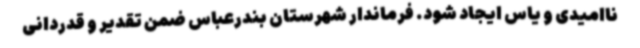
ناامیدی و یاس ایجاد شود. فرماندار شهرستان بندرعباس ضمن تقدیر و قدردانی